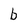
Character: b